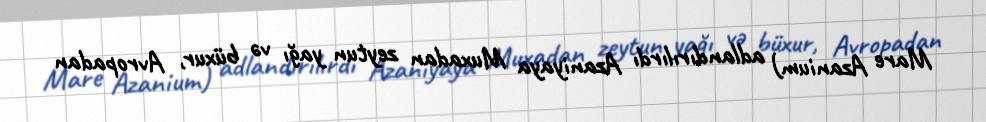
Mare Azanium) adlandırılırdı Azaniyaya Muxadan zeytun yağı və büxur, Avropadan